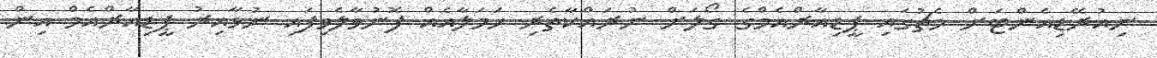
ނިއުރޭޑިއެންޓަށް މެޗުގައި ޕީޑިއާރްއެމްގެ ގޯލަށް ނުރައްކާތެރި ހަމަލާއެއް ފޮނުވާލެވިފައި ނުވާއިރު ޕީޑިއާރްއެމް އިން